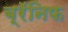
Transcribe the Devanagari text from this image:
ब्रॅनिफ